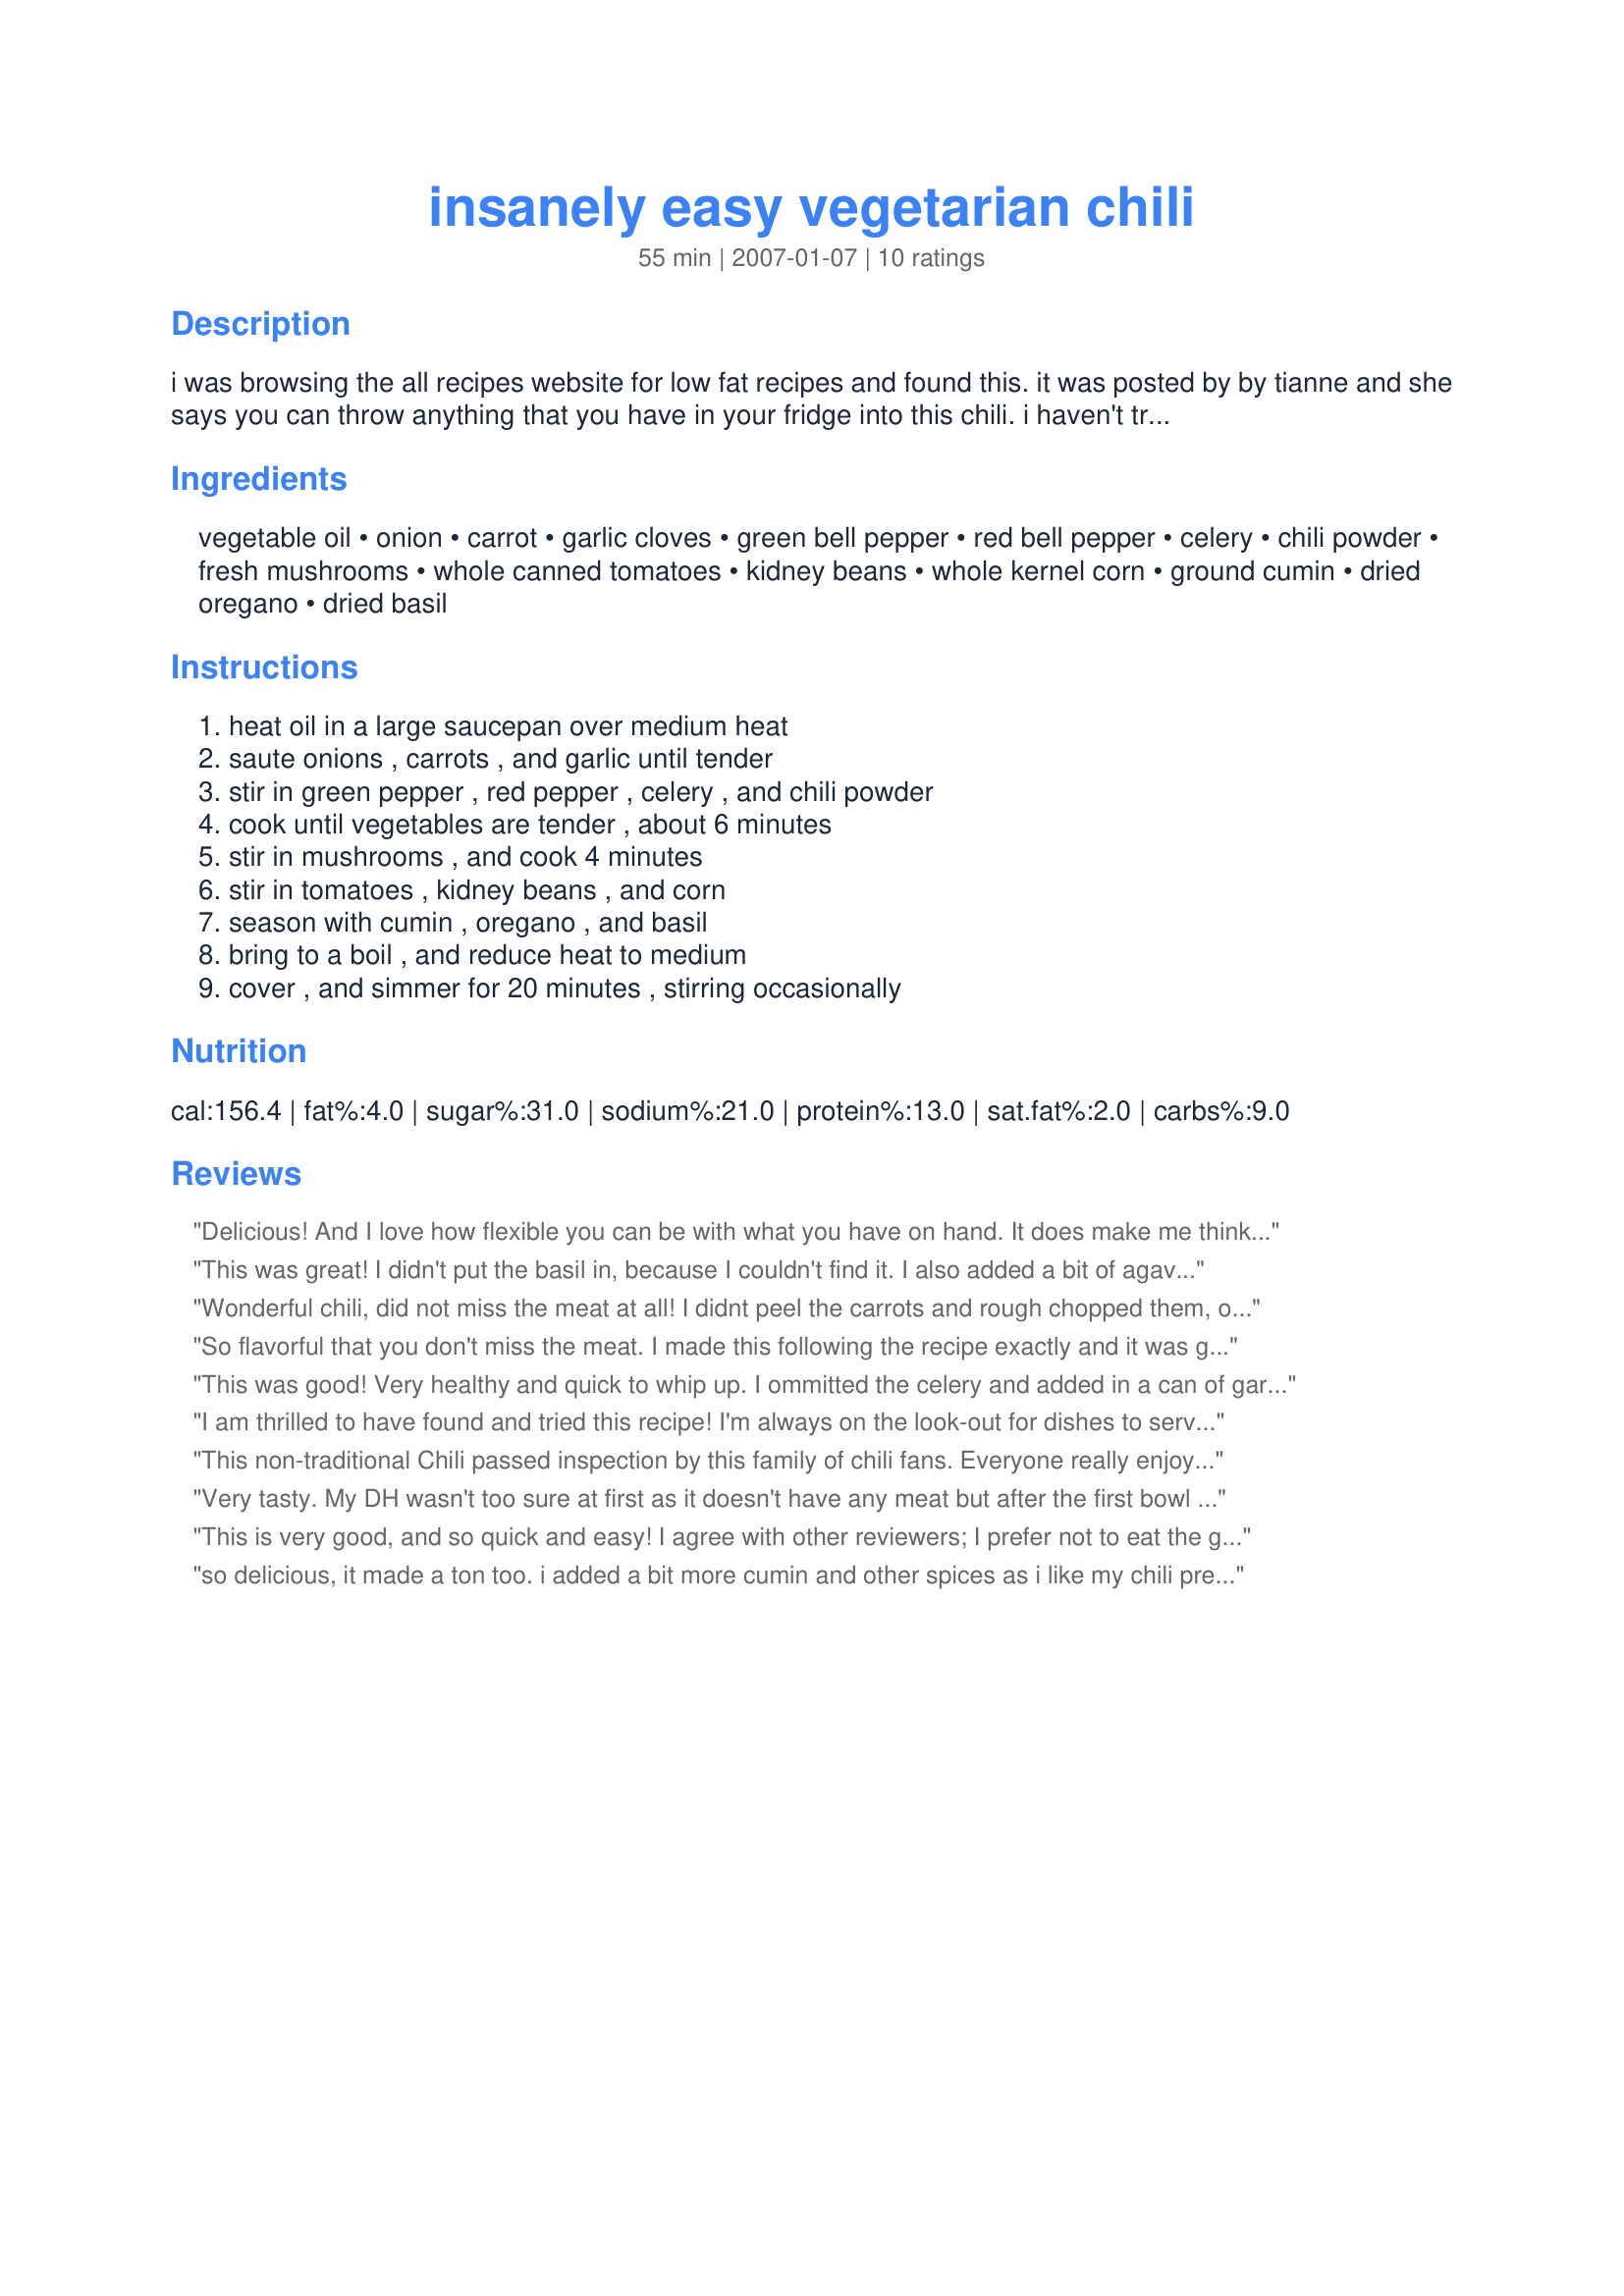
insanely easy vegetarian chili
Preparation time: 55 minutes

i was browsing the all recipes website for low fat recipes and found this. it was posted by by tianne and she says you can throw anything that you have in your fridge into this chili. i haven't tried it yet, but it sounds really good.

Ingredients:
vegetable oil, onion, carrot, garlic cloves, green bell pepper, red bell pepper, celery, chili powder, fresh mushrooms, whole canned tomatoes, kidney beans, whole kernel corn, ground cumin, dried oregano, dried basil

Steps:
heat oil in a large saucepan over medium heat, saute onions , carrots , and garlic until tender, stir in green pepper , red pepper , celery , and chili powder, cook until vegetables are tender , about 6 minutes, stir in mushrooms , and cook 4 minutes, stir in tomatoes , kidney beans , and corn, season with cumin , oregano , and basil, bring to a boil , and reduce heat to medium, cover , and simmer for 20 minutes , stirring occasionally

Reviews:
Delicious! And I love how flexible you can be with what you have on hand. It does make me think of a hearty soup moreso than chili, but what are semantics worth when it is so tasty? I used non-stick cooking spray to saute the veggies in, omitted the celery and red bell pepper (didn't have any)- so I beefed up on the green bell pepper and onion. I used fresh tomatoes and frozen corn. Like some other reviewers, I prefer to rinse and drain off my canned veggies, so I also added some chicken broth to sub for the liquid. This is a definite keeper! Thank you!
This was great! I didn't put the basil in, because I couldn't find it. I also added a bit of agave to it. I served it with cornbread. YUM.
Wonderful chili, did not miss the meat at all! I didnt peel the carrots and rough chopped them, only used about 1/2 cup green pepper as DH doesnt care for peppers, used petite diced tomatoes, and I couldnt find my basil so I added lemon pepper. This recipe makes a nice pot full and there is enough left for lunch and another dinner for the two of us. After eating dinner I added some quick cooking barley to the rest, so good! A very tasty and versatile recipe....thank you MarlaM.
So flavorful that you don't miss the meat. I made this following the recipe exactly and it was great. Rather than finely cut mushrooms, I left them in big chunks - this gave the dish substance. I was worried the dish would be overpowered with a tomato flavor like so many vegetarian chili dishes, but that was not the case. Mildly spicy - perfect for our family where we have a variety of tolerance for hot dishes. This is the best vegetarian chili recipe I have tried.
This was good! Very healthy and quick to whip up. I ommitted the celery and added in a can of garbanzo beans for added texture and nutrition. I like to rinse canned items so I added in a bit more liquid and some veggie stock paste. I also used a bit more chili powder and a touch of cayenne pepper. Halfway into cooking time I used a potato masher to pulverize some of the beans which resulted in a thicker, and very hearty soup!! Yum.
I am thrilled to have found and tried this recipe! I'm always on the look-out for dishes to serve on "Meatless Monday" so decided to try this and I have to say, it is absolutely wonderful! It's so tasty and filling, and I really didn't miss the meat at all. The slight changes I made were to omit the red pepper since I had none, used diced tomatoes, 2 8 oz cans undrained mushrooms rather than fresh, 2 cans pinto beans instead of the kidney, and just 1 tsp cumin. Loved it!!!!!
This non-traditional Chili passed inspection by this family of chili fans. Everyone really enjoyed the robust flavors of each vegetable, even the mushrooms! I rinsed all canned ingredients to lower the sodium levels and then added 1/2 cup of chicken stock to make up the lost liquid. Also added one can of black beans. Fabulous
Very tasty. My DH wasn't too sure at first as it doesn't have any meat but after the first bowl and he was starting on the second, he admitted it was good! I did add a can of black beans to the recipe here and served with shredded cheese and light sour cream on the side (I like a little sour cream atop my chili.) I did drain and rinse my canned vegetables to reduce the sodium and then as another reviewer suggested added a little chicken broth (I know, not vegetarian)to make up for the liquid drained from the cans. I will be moving this to my Tried and True file. A definite repeater. Thanks for posting.
This is very good, and so quick and easy! I agree with other reviewers; I prefer not to eat the gunk that they put in canned beans LOL so I added veggie broth instead of the bean liquid. I also used frozen mixed veggies for the corn b/c I forgot to get corn. I think I'm a little funny about mushrooms in soup, but that's a personal preference thing. The spice level is just right, and it is quite flavorful despite the lack of lots of extra sodium. I can see why this made Starry's Best of 2008 cookbook :).
so delicious, it made a ton too. i added a bit more cumin and other spices as i like my chili pretty spicy. so good, thanks for the recipe!
